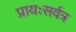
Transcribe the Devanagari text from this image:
प्रायःसर्वत्र